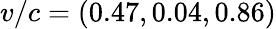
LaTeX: v/c=(0.47,0.04,0.86)